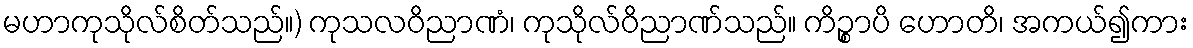
မဟာကုသိုလ်စိတ်သည်။) ကုသလဝိညာဏံ၊ ကုသိုလ်ဝိညာဏ်သည်။ ကိဉ္စာပိ ဟောတိ၊ အကယ်၍ကား